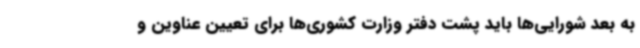
به بعد شورایی‌ها باید پشت دفتر وزارت کشوری‌ها برای تعیین عناوین و